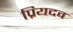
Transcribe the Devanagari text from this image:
प्रियदव